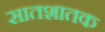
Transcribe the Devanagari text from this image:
सातशातक